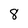
Character: 8